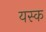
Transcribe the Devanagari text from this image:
यस्क